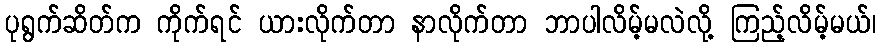
ပုရွက်ဆိတ်က ကိုက်ရင် ယားလိုက်တာ နာလိုက်တာ ဘာပါလိမ့်မလဲလို့ ကြည့်လိမ့်မယ်၊